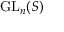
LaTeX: { \mathrm { G L } } _ { n } ( S )